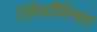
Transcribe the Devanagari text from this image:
टेरिस्टीरियल